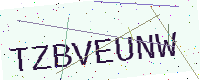
Text: TZBVEUNW